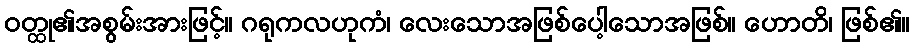
ဝတ္ထု၏အစွမ်းအားဖြင့်။ ဂရုကလဟုကံ၊ လေးသောအဖြစ်ပေါ့သောအဖြစ်။ ဟောတိ၊ ဖြစ်၏။